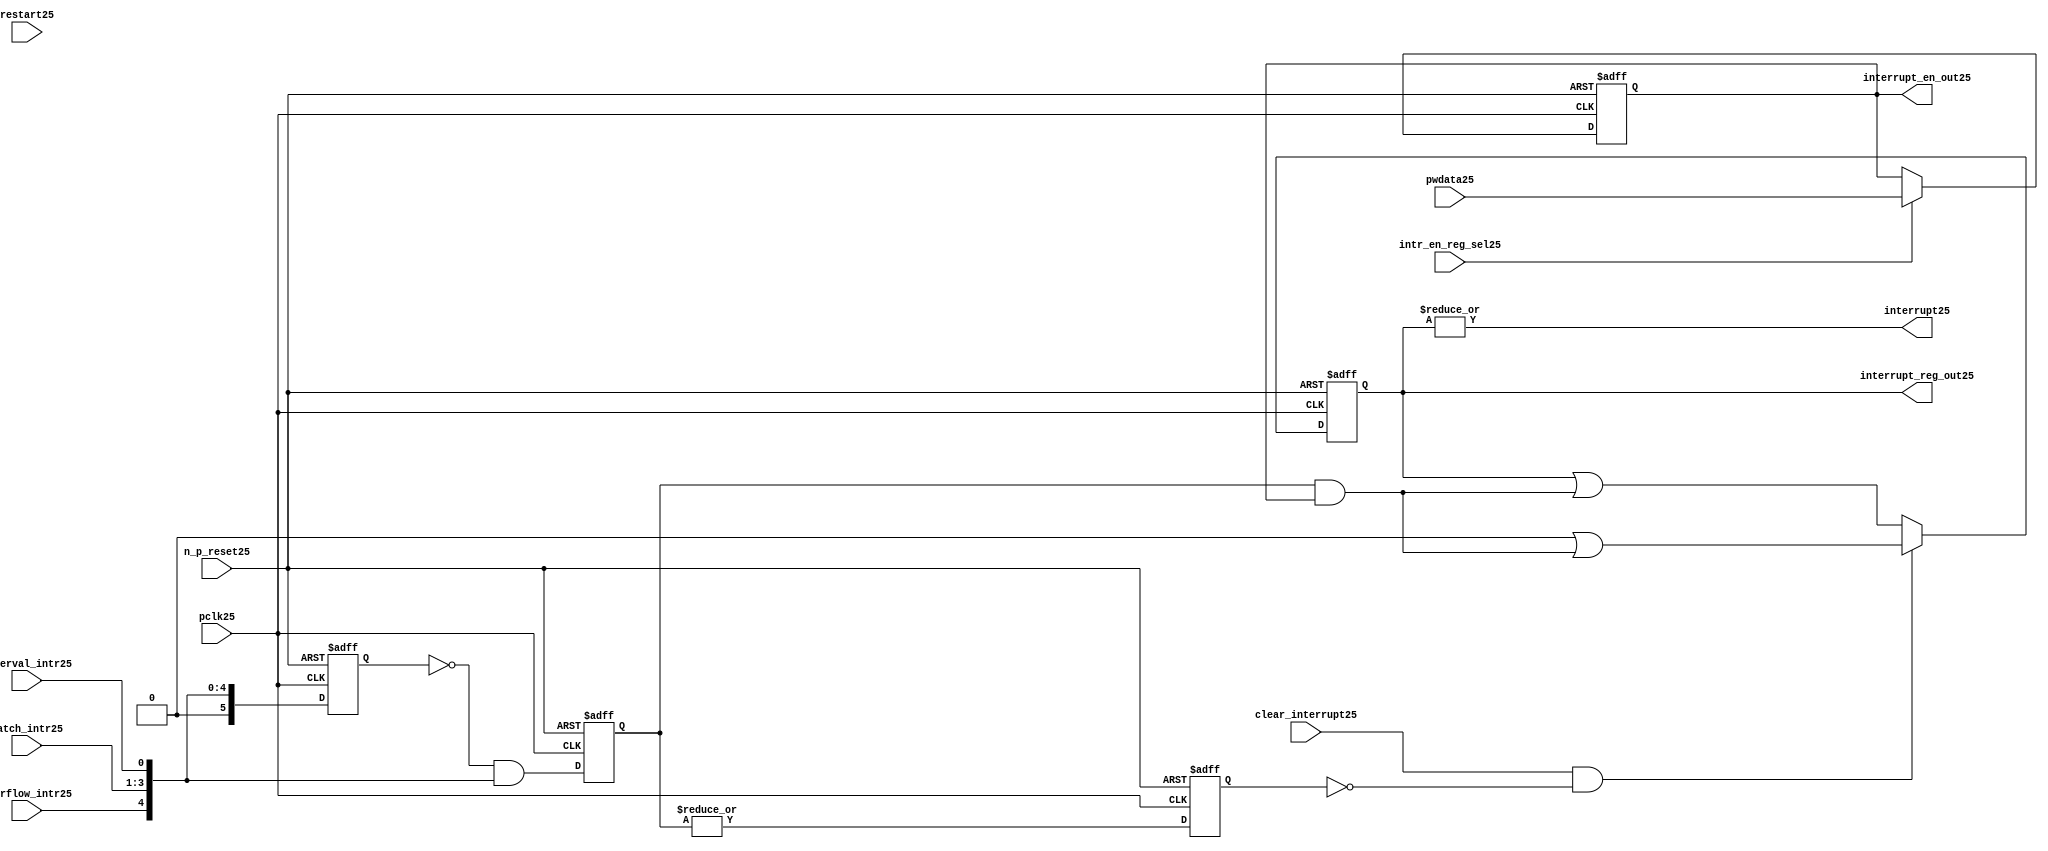
//File25 name   : ttc_interrupt_lite25.v
//Title25       : 
//Created25     : 1999
//Description25 : Interrupts25 from the counter modules25 are registered
//              and if enabled cause the output interrupt25 to go25 high25.
//              Also25 the match125 interrupts25 are monitored25 to generate output 
//Notes25       : 
//----------------------------------------------------------------------
//   Copyright25 1999-2010 Cadence25 Design25 Systems25, Inc25.
//   All Rights25 Reserved25 Worldwide25
//
//   Licensed25 under the Apache25 License25, Version25 2.0 (the
//   "License25"); you may not use this file except25 in
//   compliance25 with the License25.  You may obtain25 a copy of
//   the License25 at
//
//       http25://www25.apache25.org25/licenses25/LICENSE25-2.0
//
//   Unless25 required25 by applicable25 law25 or agreed25 to in
//   writing, software25 distributed25 under the License25 is
//   distributed25 on an "AS25 IS25" BASIS25, WITHOUT25 WARRANTIES25 OR25
//   CONDITIONS25 OF25 ANY25 KIND25, either25 express25 or implied25.  See
//   the License25 for the specific25 language25 governing25
//   permissions25 and limitations25 under the License25.
//----------------------------------------------------------------------
 


//-----------------------------------------------------------------------------
// Module25 definition25
//-----------------------------------------------------------------------------

module ttc_interrupt_lite25(

  //inputs25
  n_p_reset25,                             
  pwdata25,                             
  pclk25,
  intr_en_reg_sel25, 
  clear_interrupt25,                   
  interval_intr25,
  match_intr25,
  overflow_intr25,
  restart25,

  //outputs25
  interrupt25,
  interrupt_reg_out25,
  interrupt_en_out25
  
);


//-----------------------------------------------------------------------------
// PORT DECLARATIONS25
//-----------------------------------------------------------------------------

   //inputs25
   input         n_p_reset25;            //reset signal25
   input [5:0]   pwdata25;               //6 Bit25 Data signal25
   input         pclk25;                 //System25 clock25
   input         intr_en_reg_sel25;      //Interrupt25 Enable25 Reg25 Select25 signal25
   input         clear_interrupt25;      //Clear Interrupt25 Register signal25
   input         interval_intr25;        //Timer_Counter25 Interval25 Interrupt25
   input [3:1]   match_intr25;           //Timer_Counter25 Match25 1 Interrupt25 
   input         overflow_intr25;        //Timer_Counter25 Overflow25 Interrupt25 
   input         restart25;              //Counter25 restart25

   //Outputs25
   output        interrupt25;            //Interrupt25 Signal25 
   output [5:0]  interrupt_reg_out25;    //6 Bit25 Interrupt25 Register
   output [5:0]  interrupt_en_out25; //6 Bit25 Interrupt25 Enable25 Register


//-----------------------------------------------------------------------------
// Internal Signals25 & Registers25
//-----------------------------------------------------------------------------

   wire [5:0]   intr_detect25;          //Interrupts25 from the Timer_Counter25
   reg [5:0]    int_sync_reg25;         //6-bit 1st cycle sync register
   reg [5:0]    int_cycle_reg25;        //6-bit register ensuring25 each interrupt25 
                                      //only read once25
   reg [5:0]    interrupt_reg25;        //6-bit interrupt25 register        
   reg [5:0]    interrupt_en_reg25; //6-bit interrupt25 enable register
   

   reg          interrupt_set25;        //Prevents25 unread25 interrupt25 being cleared25
   
   wire         interrupt25;            //Interrupt25 output
   wire [5:0]   interrupt_reg_out25;    //Interrupt25 register output
   wire [5:0]   interrupt_en_out25; //Interrupt25 enable output


   assign interrupt25              = |(interrupt_reg25);
   assign interrupt_reg_out25      = interrupt_reg25;
   assign interrupt_en_out25       = interrupt_en_reg25;
   
   assign intr_detect25 = {1'b0,
                         overflow_intr25,  
                         match_intr25[3],  
                         match_intr25[2], 
                         match_intr25[1], 
                         interval_intr25};

   

// Setting interrupt25 registers
   
   always @ (posedge pclk25 or negedge n_p_reset25)
   begin: p_intr_reg_ctrl25
      
      if (!n_p_reset25)
      begin
         int_sync_reg25         <= 6'b000000;
         interrupt_reg25        <= 6'b000000;
         int_cycle_reg25        <= 6'b000000;
         interrupt_set25        <= 1'b0;
      end
      else 
      begin

         int_sync_reg25    <= intr_detect25;
         int_cycle_reg25   <= ~int_sync_reg25 & intr_detect25;

         interrupt_set25   <= |int_cycle_reg25;
          
         if (clear_interrupt25 & ~interrupt_set25)
            interrupt_reg25 <= (6'b000000 | (int_cycle_reg25 & interrupt_en_reg25));
         else 
            interrupt_reg25 <= (interrupt_reg25 | (int_cycle_reg25 & 
                                               interrupt_en_reg25));
      end 
      
   end  //p_intr_reg_ctrl25


// Setting interrupt25 enable register
   
   always @ (posedge pclk25 or negedge n_p_reset25)
   begin: p_intr_en_reg25
      
      if (!n_p_reset25)
      begin
         interrupt_en_reg25 <= 6'b000000;
      end
      else 
      begin

         if (intr_en_reg_sel25)
            interrupt_en_reg25 <= pwdata25[5:0];
         else
            interrupt_en_reg25 <= interrupt_en_reg25;

      end 
      
   end  
           


endmodule